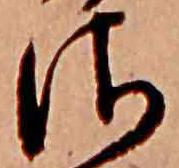
さ